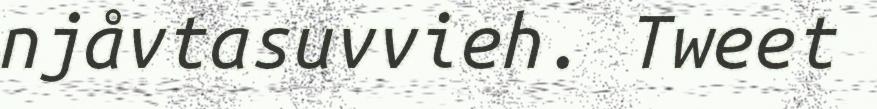
njåvtasuvvieh. Tweet